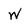
Character: W